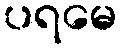
ပရမေ